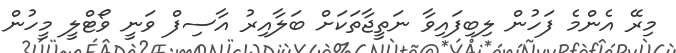
މިރޭ އެންމެ ފަހުން ލިބިފައިވާ ނަތީޖާތަކަށް ބަލާއިރު އާސިފް ވަނީ ވޯޓްލީ މީހުން